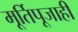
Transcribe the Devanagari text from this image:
मूर्तिपूजाही